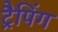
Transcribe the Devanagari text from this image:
ट्रैपिंग